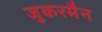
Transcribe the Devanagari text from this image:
जुकरमैन